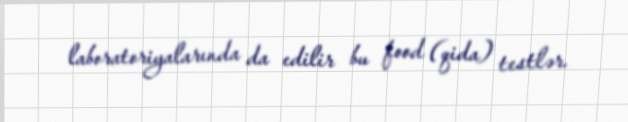
laboratoriyalarında da edilir bu food (qida) testlər.